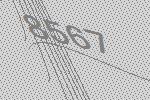
8567